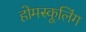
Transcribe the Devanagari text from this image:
होमस्कूलिंग